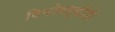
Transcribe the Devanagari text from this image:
विनोदबुद्धीही